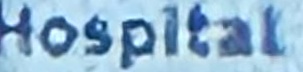
Hospital